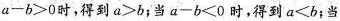
$$a-b>0$$时，得到$$a>b$$；当$$a-b<0$$时，得到$$a<b$$；当